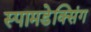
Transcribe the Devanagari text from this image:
स्पामडेक्सिंग